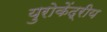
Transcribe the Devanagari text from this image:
युरोकेंद्रीय